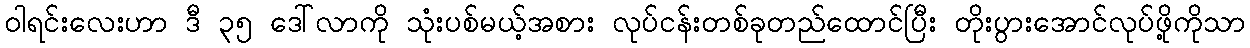
ဝါရင်းလေးဟာ ဒီ ၃၅ ဒေါ်လာကို သုံးပစ်မယ့်အစား လုပ်ငန်းတစ်ခုတည်ထောင်ပြီး တိုးပွားအောင်လုပ်ဖို့ကိုသာ